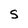
Character: S